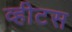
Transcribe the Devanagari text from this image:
व्हीटस